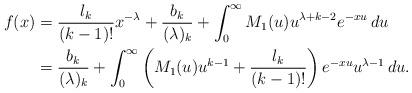
LaTeX: \begin{align*}f(x)&=\frac{l_k}{(k-1)!}x^{-\lambda}+\frac{b_k}{(\lambda)_k}+\int_0^{\infty}M_1(u)u^{\lambda+k-2}e^{-xu}\, du \\&=\frac{b_k}{(\lambda)_k}+\int_0^{\infty}\left(M_1(u)u^{k-1}+\frac{l_k}{(k-1)!}\right)e^{-xu}u^{\lambda-1}\, du.\end{align*}